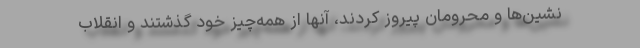
‌نشين‌ها و محرومان پيروز كردند، آنها از همه‌چيز خود گذشتند و انقلاب